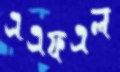
এএফএল